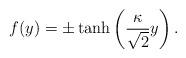
LaTeX: \begin{align*}f(y)=\pm\tanh\left(\frac{\kappa}{\sqrt{2}}y\right).\end{align*}